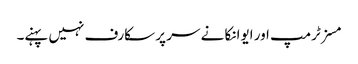
مسز ٹرمپ اور ایوانکا نے سر پر سکارف نہیں پہنے۔